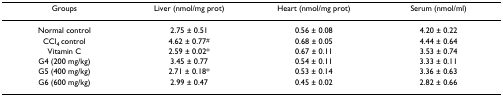
<table><thead><tr><td><b>Groups</b></td><td><b>Liver (nmol/mg prot)</b></td><td><b>Heart (nmol/mg prot)</b></td><td><b>Serum (nmol/ml)</b></td></tr></thead><tbody><tr><td>Normal control</td><td>2.75 ± 0.51</td><td>0.56 ± 0.08</td><td>4.20 ± 0.22</td></tr><tr><td>CCl<sub>4 </sub>control</td><td>4.62 ± 0.77<sup>#</sup></td><td>0.68 ± 0.05</td><td>4.44 ± 0.64</td></tr><tr><td>Vitamin C</td><td>2.59 ± 0.02*</td><td>0.67 ± 0.11</td><td>3.53 ± 0.74</td></tr><tr><td>G4 (200 mg/kg)</td><td>3.45 ± 0.77</td><td>0.54 ± 0.11</td><td>3.33 ± 0.11</td></tr><tr><td>G5 (400 mg/kg)</td><td>2.71 ± 0.18*</td><td>0.53 ± 0.14</td><td>3.36 ± 0.63</td></tr><tr><td>G6 (600 mg/kg)</td><td>2.99 ± 0.47</td><td>0.45 ± 0.02</td><td>2.82 ± 0.66</td></tr></tbody></table>